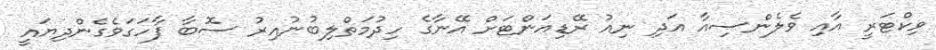
ވިކްޓަރީ އާއި ވެލެންސިއާ އަދި ނިއު ރޭޑިއަންޓަށް އޭނާގެ ހިދުމަތްލިބުނުއިރު ސޮބާ ފާހަގަވެގެންދިޔައީ